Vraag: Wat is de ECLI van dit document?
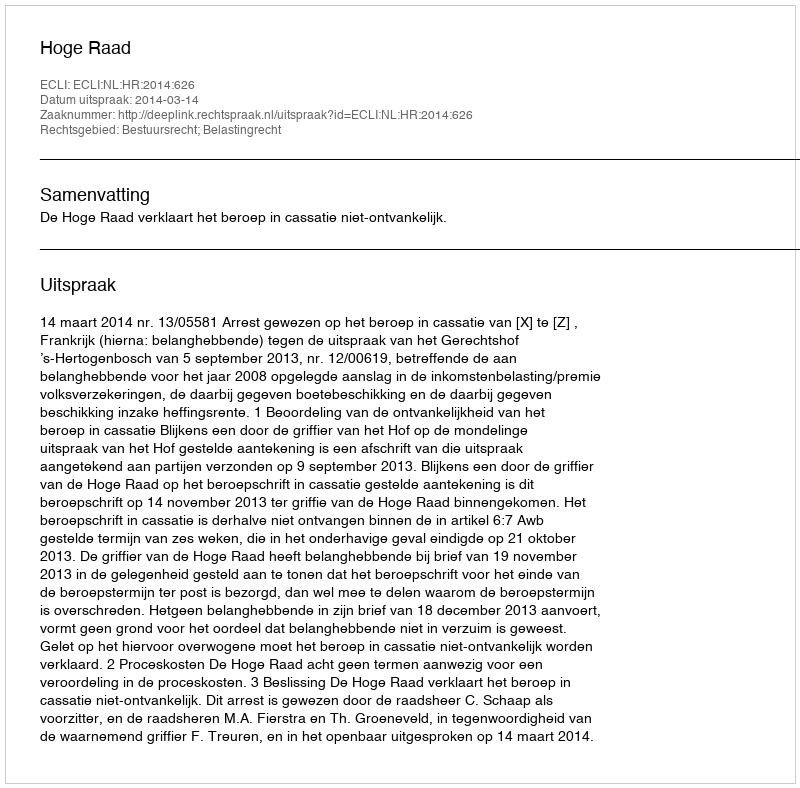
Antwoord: ECLI:NL:HR:2014:626